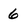
Character: 6